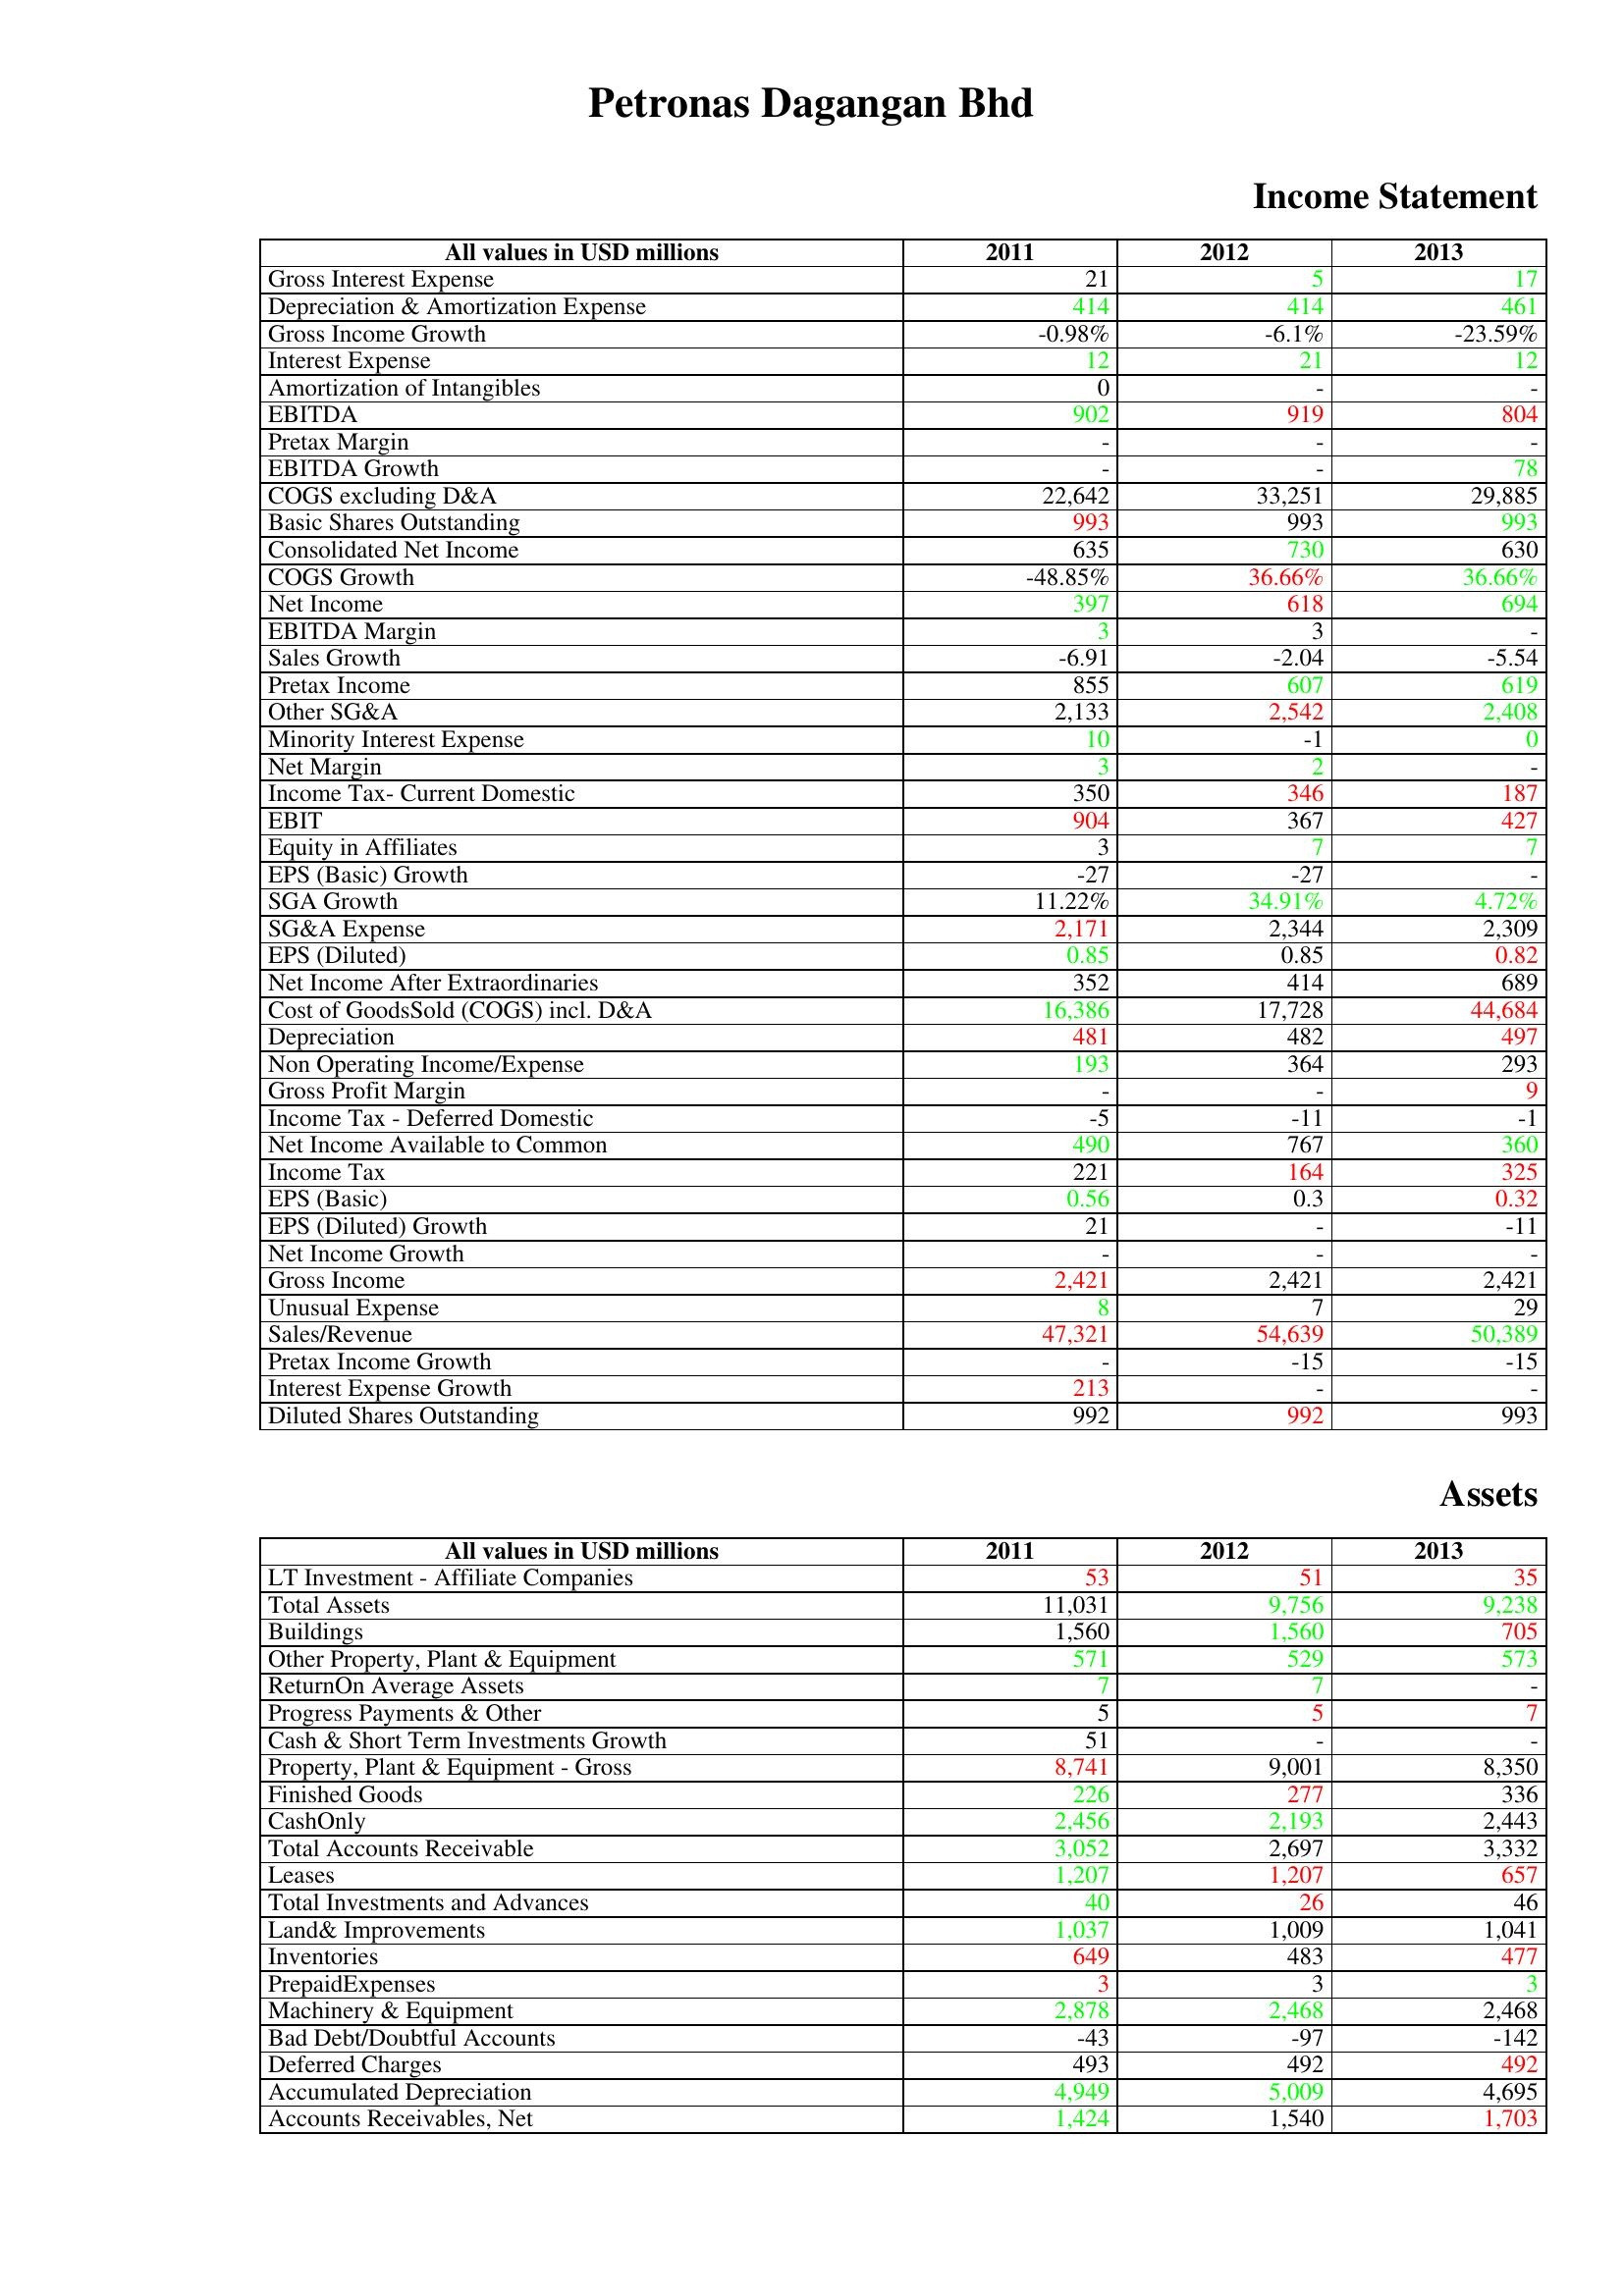
gt_parse: 2011: Income Statement: Gross Interest Expense: 21
Depreciation & Amortization Expense: 414
Gross Income Growth: -0.98%
Interest Expense: 12
Amortization of Intangibles: 0
EBITDA: 902
Pretax Margin: -
EBITDA Growth: -
COGS excluding D&A: 22,642
Basic Shares Outstanding: 993
Consolidated Net Income: 635
COGS Growth: -48.85%
Net Income: 397
EBITDA Margin: 3
Sales Growth: -6.91
Pretax Income: 855
Other SG&A: 2,133
Minority Interest Expense: 10
Net Margin: 3
Income Tax- Current Domestic: 350
EBIT: 904
Equity in Affiliates: 3
EPS (Basic) Growth: -27
SGA Growth: 11.22%
SG&A Expense: 2,171
EPS (Diluted): 0.85
Net Income After Extraordinaries: 352
Cost of GoodsSold (COGS) incl. D&A: 16,386
Depreciation: 481
Non Operating Income/Expense: 193
Gross Profit Margin: -
Income Tax - Deferred Domestic: -5
Net Income Available to Common: 490
Income Tax: 221
EPS (Basic): 0.56
EPS (Diluted) Growth: 21
Net Income Growth: -
Gross Income: 2,421
Unusual Expense: 8
Sales/Revenue: 47,321
Pretax Income Growth: -
Interest Expense Growth: 213
Diluted Shares Outstanding: 992
Assets: LT Investment - Affiliate Companies: 53
Total Assets: 11,031
Buildings: 1,560
Other Property, Plant & Equipment: 571
ReturnOn Average Assets: 7
Progress Payments & Other: 5
Cash & Short Term Investments Growth: 51
Property, Plant & Equipment - Gross : 8,741
Finished Goods: 226
CashOnly: 2,456
Total Accounts Receivable: 3,052
Leases: 1,207
Total Investments and Advances: 40
Land& Improvements: 1,037
Inventories: 649
PrepaidExpenses: 3
Machinery & Equipment: 2,878
Bad Debt/Doubtful Accounts: -43
Deferred Charges: 493
Accumulated Depreciation: 4,949
Accounts Receivables, Net: 1,424
2012: Income Statement: Gross Interest Expense: 5
Depreciation & Amortization Expense: 414
Gross Income Growth: -6.1%
Interest Expense: 21
Amortization of Intangibles: -
EBITDA: 919
Pretax Margin: -
EBITDA Growth: -
COGS excluding D&A: 33,251
Basic Shares Outstanding: 993
Consolidated Net Income: 730
COGS Growth: 36.66%
Net Income: 618
EBITDA Margin: 3
Sales Growth: -2.04
Pretax Income: 607
Other SG&A: 2,542
Minority Interest Expense: -1
Net Margin: 2
Income Tax- Current Domestic: 346
EBIT: 367
Equity in Affiliates: 7
EPS (Basic) Growth: -27
SGA Growth: 34.91%
SG&A Expense: 2,344
EPS (Diluted): 0.85
Net Income After Extraordinaries: 414
Cost of GoodsSold (COGS) incl. D&A: 17,728
Depreciation: 482
Non Operating Income/Expense: 364
Gross Profit Margin: -
Income Tax - Deferred Domestic: -11
Net Income Available to Common: 767
Income Tax: 164
EPS (Basic): 0.3
EPS (Diluted) Growth: -
Net Income Growth: -
Gross Income: 2,421
Unusual Expense: 7
Sales/Revenue: 54,639
Pretax Income Growth: -15
Interest Expense Growth: -
Diluted Shares Outstanding: 992
Assets: LT Investment - Affiliate Companies: 51
Total Assets: 9,756
Buildings: 1,560
Other Property, Plant & Equipment: 529
ReturnOn Average Assets: 7
Progress Payments & Other: 5
Cash & Short Term Investments Growth: -
Property, Plant & Equipment - Gross : 9,001
Finished Goods: 277
CashOnly: 2,193
Total Accounts Receivable: 2,697
Leases: 1,207
Total Investments and Advances: 26
Land& Improvements: 1,009
Inventories: 483
PrepaidExpenses: 3
Machinery & Equipment: 2,468
Bad Debt/Doubtful Accounts: -97
Deferred Charges: 492
Accumulated Depreciation: 5,009
Accounts Receivables, Net: 1,540
2013: Income Statement: Gross Interest Expense: 17
Depreciation & Amortization Expense: 461
Gross Income Growth: -23.59%
Interest Expense: 12
Amortization of Intangibles: -
EBITDA: 804
Pretax Margin: -
EBITDA Growth: 78
COGS excluding D&A: 29,885
Basic Shares Outstanding: 993
Consolidated Net Income: 630
COGS Growth: 36.66%
Net Income: 694
EBITDA Margin: -
Sales Growth: -5.54
Pretax Income: 619
Other SG&A: 2,408
Minority Interest Expense: 0
Net Margin: -
Income Tax- Current Domestic: 187
EBIT: 427
Equity in Affiliates: 7
EPS (Basic) Growth: -
SGA Growth: 4.72%
SG&A Expense: 2,309
EPS (Diluted): 0.82
Net Income After Extraordinaries: 689
Cost of GoodsSold (COGS) incl. D&A: 44,684
Depreciation: 497
Non Operating Income/Expense: 293
Gross Profit Margin: 9
Income Tax - Deferred Domestic: -1
Net Income Available to Common: 360
Income Tax: 325
EPS (Basic): 0.32
EPS (Diluted) Growth: -11
Net Income Growth: -
Gross Income: 2,421
Unusual Expense: 29
Sales/Revenue: 50,389
Pretax Income Growth: -15
Interest Expense Growth: -
Diluted Shares Outstanding: 993
Assets: LT Investment - Affiliate Companies: 35
Total Assets: 9,238
Buildings: 705
Other Property, Plant & Equipment: 573
ReturnOn Average Assets: -
Progress Payments & Other: 7
Cash & Short Term Investments Growth: -
Property, Plant & Equipment - Gross : 8,350
Finished Goods: 336
CashOnly: 2,443
Total Accounts Receivable: 3,332
Leases: 657
Total Investments and Advances: 46
Land& Improvements: 1,041
Inventories: 477
PrepaidExpenses: 3
Machinery & Equipment: 2,468
Bad Debt/Doubtful Accounts: -142
Deferred Charges: 492
Accumulated Depreciation: 4,695
Accounts Receivables, Net: 1,703